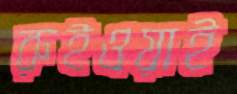
রুইওয়াই